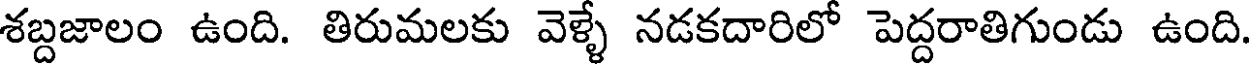
శబ్దజాలం ఉంది. తిరుమలకు వెళ్ళే నడకదారిలో పెద్దరాతిగుండు ఉంది